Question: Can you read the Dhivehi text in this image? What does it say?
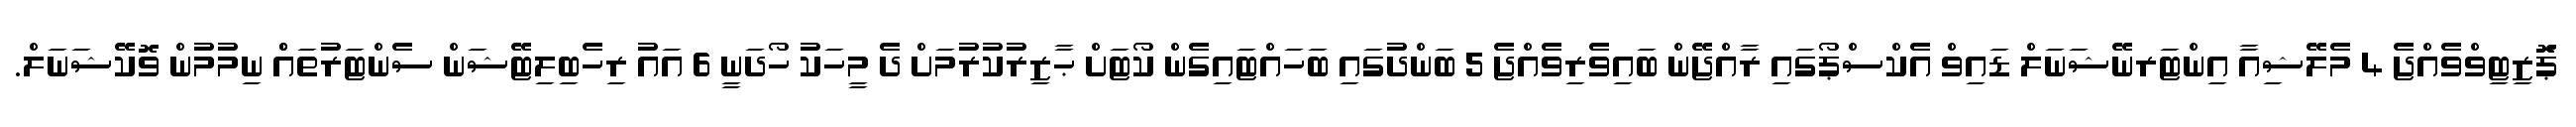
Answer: ޕަޮޒިޓިވްވެއްޖެ 4 މެލޭޝިއާ އިންޓަރނޭޝަނަލް ޑައިވް އެކްސްޕޯގައި ރާއްޖޭން ބައިވެރިވެއްޖެ 5 ބަންދުގައި ބަހައްޓައިގެން ކޯޓަށް ޙާޒިރުކުރުމަށް ދެ މީހަކު ހޯދަނީ 6 އައު ރިހެބިލިޓޭޝަން ސެންޓަރުތައްް ނިމުމުން ވޮކޭޝަނަލް.